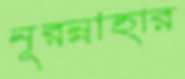
নূরন্নাহার